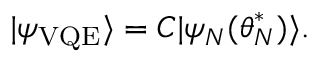
| \psi _ { \mathrm { V Q E } } \rangle = C | \psi _ { N } ( \boldsymbol { \theta } _ { N } ^ { * } ) \rangle .